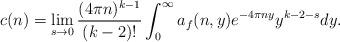
LaTeX: \begin{align*}c(n)=\lim\limits_{s\rightarrow 0}\frac{(4\pi n)^{k-1}}{(k-2)!}\int_0^\infty a_f(n,y)e^{-4\pi ny}y^{k-2-s}dy.\end{align*}